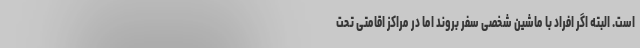
است. البته اگر افراد با ماشین شخصی سفر بروند اما در مراکز اقامتی تحت